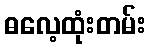
ဓလေ့ထုံးတမ်း